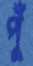
পুঁ